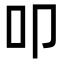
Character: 叩